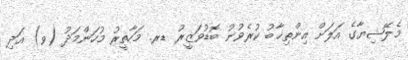
މެލޭޝިޔާގެ އަލަށް އިންތިޚާބު ކުރެވުނު ބޮޑުވަޒީރު ޑރ. މަހާތީރު މުހަންމަދު (ވ) އަދި